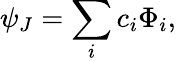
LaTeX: \psi_{J}=\sum_{i}c_{i}\Phi_{i},